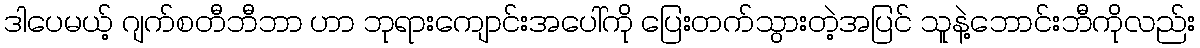
ဒါပေမယ့် ဂျက်စတီဘီဘာ ဟာ ဘုရားကျောင်းအပေါ်ကို ပြေးတက်သွားတဲ့အပြင် သူနဲ့ဘောင်းဘီကိုလည်း